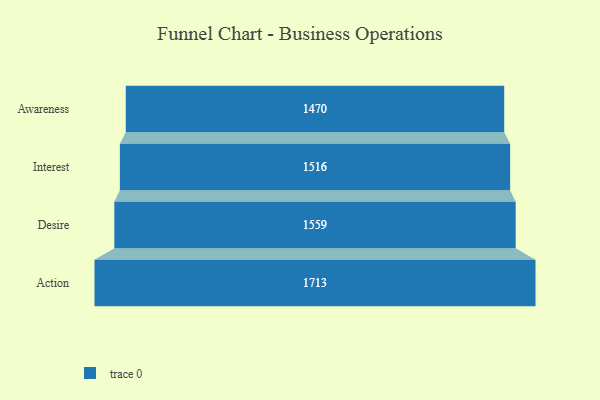
{"axis": {"x": "Stage", "y": "Value"}, "legend": [""], "data": [{"x": "Awareness", "y": 1470.0, "type": ""}, {"x": "Interest", "y": 1516.0, "type": ""}, {"x": "Desire", "y": 1559.0, "type": ""}, {"x": "Action", "y": 1713.0, "type": ""}]}